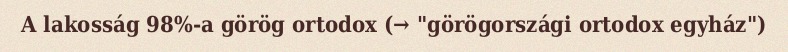
A lakosság 98%-a görög ortodox (→ "görögországi ortodox egyház")